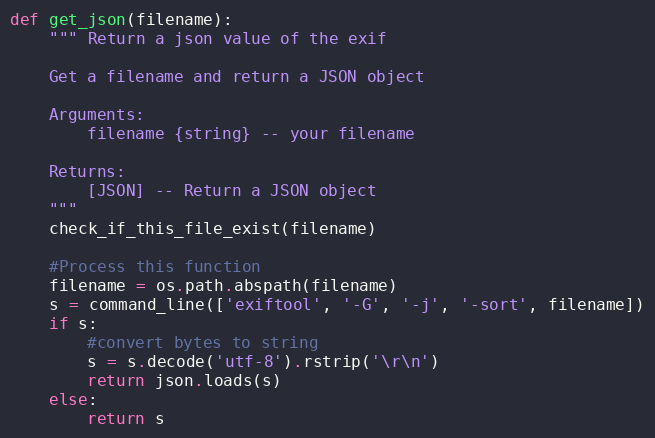
Language: Python
def get_json(filename):
    """ Return a json value of the exif

    Get a filename and return a JSON object

    Arguments:
        filename {string} -- your filename

    Returns:
        [JSON] -- Return a JSON object
    """
    check_if_this_file_exist(filename)

    #Process this function
    filename = os.path.abspath(filename)
    s = command_line(['exiftool', '-G', '-j', '-sort', filename])
    if s:
        #convert bytes to string
        s = s.decode('utf-8').rstrip('\r\n')
        return json.loads(s)
    else:
        return s